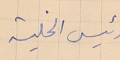
رئيس الخلية